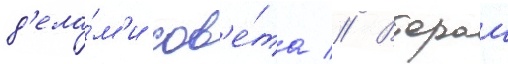
д'ела́м'и сов'е́та // Второи